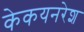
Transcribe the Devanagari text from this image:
केकयनरेश